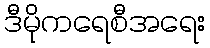
ဒီမိုကရေစီအရေး